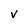
Character: v